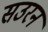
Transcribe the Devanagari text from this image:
सउरन